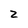
Character: z